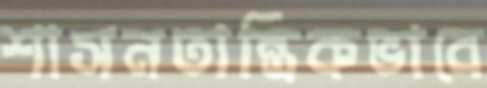
শাসনতান্ত্রিকভাবে